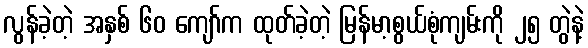
လွန်ခဲ့တဲ့ အနှစ် ၆၀ ကျော်က ထုတ်ခဲ့တဲ့ မြန်မာ့စွယ်စုံကျမ်းကို ၂၅ တွဲနဲ့